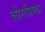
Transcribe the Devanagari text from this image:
लोगप्रियता